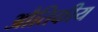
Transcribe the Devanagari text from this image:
औतिकीय